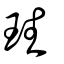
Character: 珄